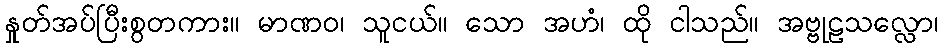
နှုတ်အပ်ပြီးစွတကား။ မာဏဝ၊ သူငယ်။ သော အဟံ၊ ထို ငါသည်။ အဗ္ဗုဠသလ္လော၊